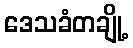
ဒေသခံတချို့